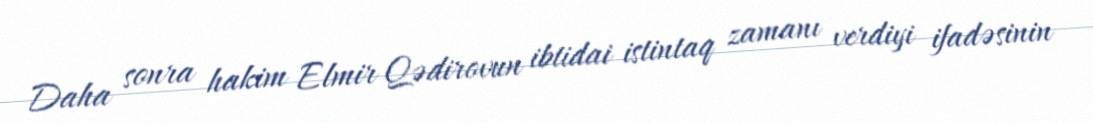
Daha sonra hakim Elmir Qədirovun ibtidai istintaq zamanı verdiyi ifadəsinin